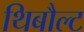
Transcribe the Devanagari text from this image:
थिबौल्ट